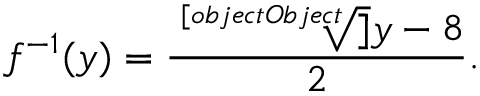
f ^ { - 1 } ( y ) = { \frac { { \sqrt [ [object Object] ] { y } } - 8 } { 2 } } .